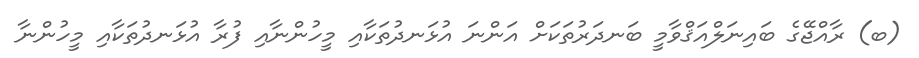
(ބ) ރާއްޖޭގެ ބައިނަލްއަޤްވާމީ ބަނދަރުތަކަށް އަންނަ އުޅަނދުތަކާއި މީހުންނާއި ފުރާ އުޅަނދުތަކާއި މީހުންނާ